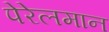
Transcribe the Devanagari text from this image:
पेरेलमान